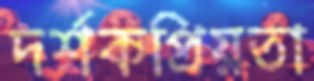
দর্শকপ্রিয়তা